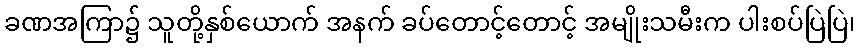
ခဏအကြာ၌ သူတို့နှစ်ယောက် အနက် ခပ်တောင့်တောင့် အမျိုးသမီးက ပါးစပ်ပြဲပြဲ၊